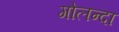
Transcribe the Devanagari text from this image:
गोलन्दा